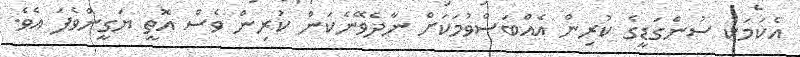
އެކަމަކު ސުންގަޑީގެ ކުރިން އެއްބަސްވުމަކަށް ނާދެވޭނެކަން ކުރިން ވެސް އޮތީ ޔަގީންވެފަ އެވެ.